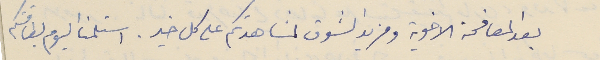
بعد المصافحة الاخوية ومزيد الشوق لمشاهدتكم على كل خير. استلمنا اليوم بطاقتكم